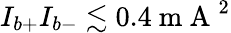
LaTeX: I_{b+}I_{b-}\lesssim 0.4\mathrm{~m~A~}^{2}